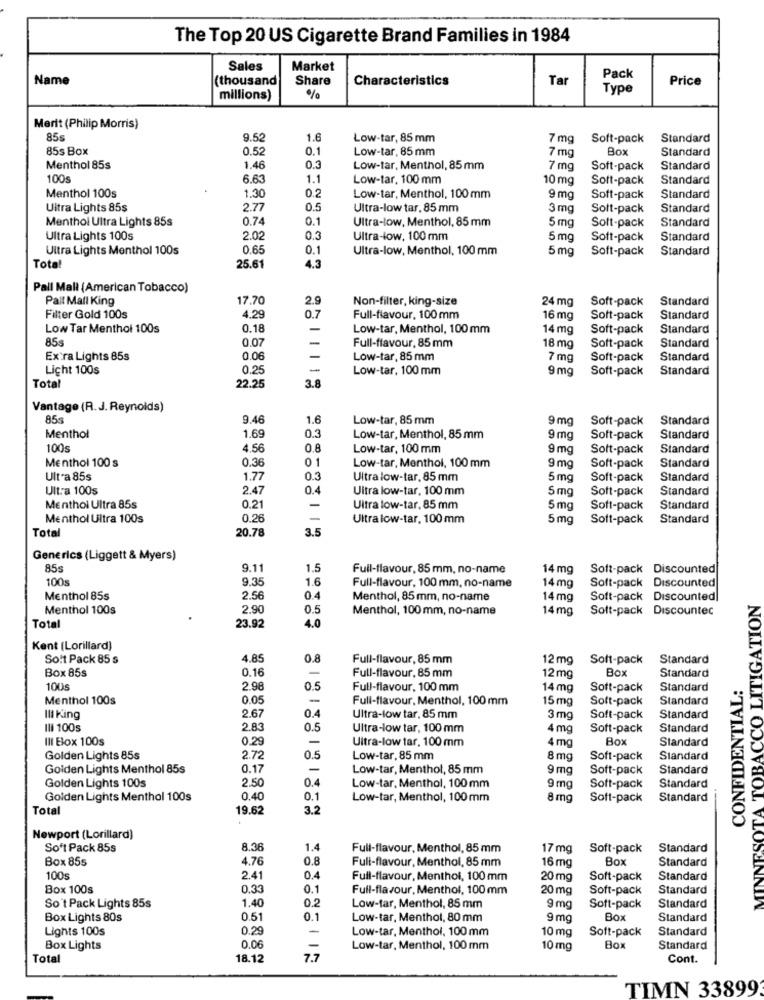
The Top 20 US Cigarette Brand Families in 1984
Sales
Market
Name
(thousand
Share
Characteristics
Tar
Pack
Price
Type
millions)
%
Merit (Philip Morris)
85s
9.5
1.6
Low-tar, 85 mm
7 mg
Soft-pack
Standard
85s Box
0.52
0.1
Low-tar, 85 mm
Box
Standard
7 mg
Menthol 85s
1.46
0.3
Low-tar, Menthol, 85 mm
7 mg
Soft-pack
Standard
100s
6.63
1.1
Low-tar, 100 mm
10 mg
Soft-pack
Standard
0.2
Menthol 100s
1.30
Low-tar, Menthol, 100 mm
9 mg
Soft-pack
Standard
Uitra Lights 85$
2.77
0.5
Ultra-low tar. 85 mm
3 mg
Soft-pack
Standard
Menthol Ultra Lights 85s
0.74
0.1
Ultra-low, Menthol, 85 mm
Standard
5 mg
Soft-pack
Ultra Lights 100s
2.02
0.3
Ultra-low, 100 mm
5 mg
Soft-pack
Standard
Ultra Lights Menthol 100s
0.65
0.1
Ultra-low, Menthol, 100 mm
5 mg
Soft-pack
Standard
Total
25.61
4.3
Pall Mall (American Tobacco)
Pall Mall King
17.70
2.9
Non-filter, king-size
24 mg
Soft-pack
Standard
0.7
Filter Gold 100s
4.29
Full-flavour, 100 mm
16 mg
Soft-pack
Standard
Low Tar Menthol 100s
0.18
Low-tar, Menthol, 100 mm
14 mg
Soft-pack
Standard
85€
0.07
Full-flavour, 85 mm
18 mg
Soft-pack
Standard
Extra Lights 85s
0.06
Low-tar, 85 mm
7 mg
Soft-pack
Standard
Licht 100s
0.25
Low-tar, 100 mm
9 mg
Soft-pack
Standard
Total
22.25
3.8
Vantage (R.J. Reynolds)
855
9.46
1.6
Low-tar, 85 mm
9 mg
Soft-pack
Standard
0.3
Menthol
1.69
Low-tar, Menthol, 85 mm
9 mg
Soft-pack
Standard
100
4.56
0.8
Low-tar, 100 mm
9 mg
Soft-pack
Standard
Menthol 100 s
0.36
01
Low-tar, Menthol, 100 mm
Standard
9 mg
Soft-pack
Ultra 85s
1.77
0.3
Ultra low-tar, 85 mm
5 mg
Soft-pack
Standard
Ultra 100s
2.47
0.4
Ultra low-tar, 100 mm
5 mg
Soft-pack
Standard
Menthol Ultra 85s
0.21
Ultra low-tar. 85 mm
5 mg
Soft-pack
Standard
Menthol Ultra 100s
0.26
Ultralow-tar, 100 mm
5 mg
Soft-pack
Standard
Total
20.78
3.5
Generics (Liggett & Myers)
85s
9.11
1.5
Full-flavour, 85 mm, no-name
14 mg
Soft-pack Discounted
100s
9.35
1.6
Full-flavour, 100 mm, no-name
14 mg
Soft-pack Discounted
Menthol 85s
2.56
0.4
Menthol, 85 mm, no-name
14mg
Soft-pack Discounted|
Menthol 100s
2.90
0.5
Menthol, 100 mm, no-name
14 mg
Soft-pack Discountec
Total
23.92
4.0
MINNESOTA TOBACCO LITIGATI
Kent [Lorillard)
Solt Pack 85 s
4.85
0.8
Full-flavour, 85 mm
12 mg
Soft-pack
Standard
Box 85s
0.16
Box
Full-flavour, 85 mm
12 mg
Standard
CONFIDENTIAL:
100
2.98
0.5
Full-flavour, 100 mm
14 mg
Soft-pack
Standard
Menthol 100s
0.05
-
Full-flavour, Menthol, 100 mm
15 mg
Soft-pack
Standard
Ili King
2.67
0.4
Ultra-low tar, 85 mm
3 mg
Soft-pack
Standard
IlI 100s
2.83
0.5
Ultra-low tar, 100 mm
4 mg
Soft-pack
Standard
III Elox 100s
0.29
Ultra-low tar, 100 mm
4 mg
Box
Standard
Golden Lights 85s
2.72
0.5
Low-tar, 85 mm
8 mg
Soft-pack
Standard
Golden Lights Menthol 85s
0.17
-
Low-tar, Menthol, 85 mm
9 mg
Soft-pack
Standard
Golden Lights 100s
2.50
Low-tar, Menthol, 100 mm
9 mg
Soft-pack
Standard
Golden Lights Menthol 100s
0.40
0.1
Low-tar, Menthol, 100mm
8 mg
Soft-pack
Standard
Total
19.62
3.2
Newport (Lorillard)
Soft Pack 85s
8.36
1.4
Full-flavour, Menthol, 85 mm
17 mg
Soft-pack
Standard
Box 855
4.76
0.8
Full-flavour, Menthol, 85 mm
Box
16 mg
Standard
100s
2.41
0.4
Full-flavour, Menthol, 100 mm
20 mg
Soft-pack
Standard
Box 100s
0.33
0.1
Full-flavour, Menthol, 100 mm
20 mg
Soft-pack
Standard
1.40
0.2
So't Pack Lights 85s
Low-tar, Menthol, 85 mm
9 mg
Soft-pack
Standard
Box Lights 80s
0.51
0.1
Low-tar, Menthol, 80 mm
9 mg
Box
Standard
Lights 100s
0.29
-
Low-tar, Menthol, 100 mm
10 mg
Soft-pack
Standard
Box Lights
0.06
Low-tar, Menthol, 100 mm
10 mg
Box
Standard
Total
18.12
7.7
Cont.
TIMN 33899